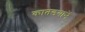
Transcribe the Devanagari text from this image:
कातडयानें